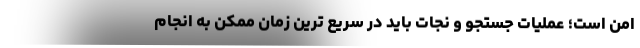
امن است؛ عملیات جستجو و نجات باید در سریع ترین زمان ممکن به انجام